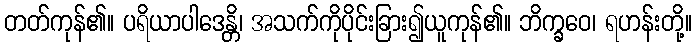
တတ်ကုန်၏။ ပရိယာပါဒေန္တိ၊ အသက်ကိုပိုင်းခြား၍ယူကုန်၏။ ဘိက္ခဝေ၊ ရဟန်းတို့။